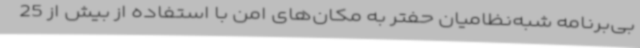
بی‌برنامه شبه‌نظامیان حفتر به مکان‌های امن با استفاده از بیش از 25